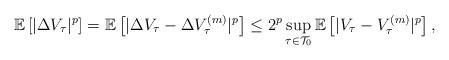
LaTeX: \begin{align*} \mathbb{E}\left[|\Delta V_\tau|^p\right]=\mathbb{E}\left[|\Delta V_\tau-\Delta V^{(m)}_\tau|^p\right] \leq 2^p \sup_{\tau \in \mathcal{T}_0}\mathbb{E}\left[|V_\tau-V^{(m)}_\tau|^p\right],\end{align*}